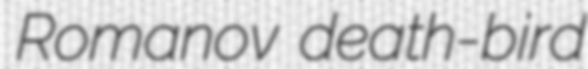
Romanov death-bird